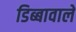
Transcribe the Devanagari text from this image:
डिब्बावाले